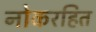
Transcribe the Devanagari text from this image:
नोकरहित